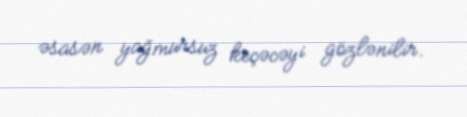
əsasən yağmursuz keçəcəyi gözlənilir.